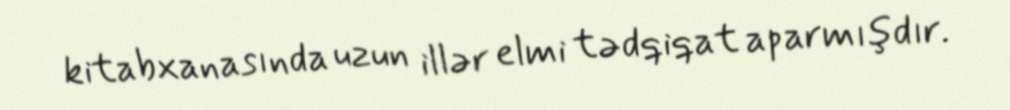
kitabxanasında uzun illər elmi tədqiqat aparmışdır.